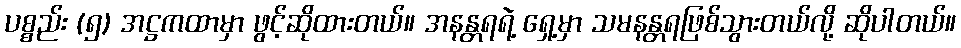
ပစ္စည်း (၅) အဋ္ဌကထာမှာ ဖွင့်ဆိုထားတယ်။ အနန္တရရဲ့ ရှေ့မှာ သမနန္တရဖြစ်သွားတယ်လို့ ဆိုပါတယ်။